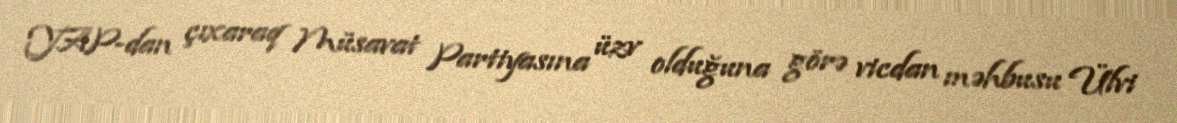
YAP-dan çıxaraq Müsavat Partiyasına üzv olduğuna görə vicdan məhbusu Ülvi